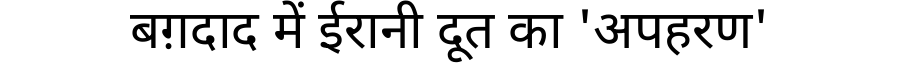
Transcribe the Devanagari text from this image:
बग़दाद में ईरानी दूत का 'अपहरण'